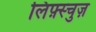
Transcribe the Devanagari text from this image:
लिफ़्स्चुज़